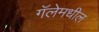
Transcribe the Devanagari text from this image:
गॅलेमधील